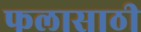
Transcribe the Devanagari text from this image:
फलासाठी